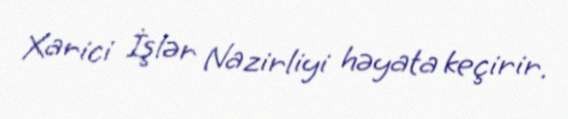
Xarici İşlər Nazirliyi həyata keçirir.